Report on lock hospitals in British Burma
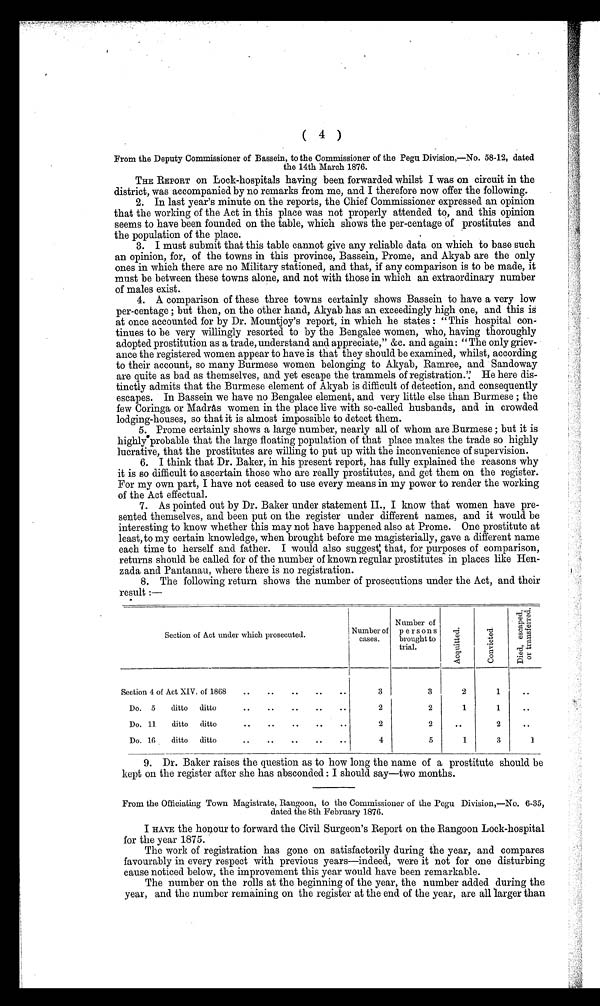
( 4 )
From the Deputy Commissioner of Bassein, to the Commissioner of the Pegu Division,—No. 58-12, dated
the 14th March 1876.
THE REPORT on Lock-hospitals having been forwarded whilst I was on circuit in the
district, was accompanied by no remarks from me, and I therefore now offer the following.
2. In last year's minute on the reports, the Chief Commissioner expressed an opinion
that the working of the Act in this place was not properly attended to, and this opinion
seems to have been founded on the table, which shows the per-centage of prostitutes and
the population of the place.
3. I must submit that this table cannot give any reliable data on which to base such
an opinion, for, of the towns in this province, Bassein, Prome, and Akyab are the only
ones in which there are no Military stationed, and that, if any comparison is to be made, it
must be between these towns alone, and not with those in which an extraordinary number
of males exist.
4. A comparison of these three towns certainly shows Bassein to have a very low
per-centage ; but then, on the other hand, Akyab has an exceedingly high one, and this is
at once accounted for by Dr. Mountjoy's report, in which he states : "This hospital con-
tinues to be very willingly resorted to by the Bengalee women, who, having thoroughly
adopted prostitution as a trade, understand and appreciate," &c. and again: "The only griev-
ance the registered women appear to have is that they should be examined, whilst, according
to their account, so many Burmese women belonging to Akyab, Ramree, and Sandoway
are quite as bad as themselves, and yet escape the trammels of registration.': He here dis-
tinctly admits that the Burmese element of Akyab is difficult of detection, and consequently
escapes. In Bassein we have no Bengalee element, and very little else than Burmese ; the
few Coringa or Madras women in the place live with so-called husbands, and in crowded
lodging-houses, so that it is almost impossible to detect them.
5. Prome certainly shows a large number, nearly all of whom are Burmese ; but it is
highly probable that the large floating population of that place makes the trade so highly
lucrative, that the prostitutes are willing to put up with the inconvenience of supervision.
6. I think that Dr. Baker, in his present report, has fully explained the reasons why
it is so difficult to ascertain those who are really prostitutes, and get them on the register.
For my own part, I have not ceased to use every means in my power to render the working
of the Act effectual.
7. As pointed out by Dr. Baker under statement II., I know that women have pre-
sented themselves, and been put on the register under different names, and it would be
interesting to know whether this may not have happened also at Prome. One prostitute at
least, to my certain knowledge, when brought before me magisterially, gave a different name
each time to herself and father. I would also suggest; that, for purposes of comparison,
returns should be called for of the number of known regular prostitutes in places like Hen-
zada and Pantanau, where there is no registration.
8. The following return shows the number of prosecutions under the Act, and their
result :—
Section of Act under which prosecuted
,
Number of
cases.
Number of
persons
brought to
trial.
A c q i u t t e d
C o n v i c t e d
D i e d , e s c a p e d o r t r a n s f e r r e d .
Section 4 of Act XIV. of 1868
..
..
..
..
..
3
3
2
1
. .
Do. 5
ditto
ditto
..
..
..
..
..
2
2
1
1
..
Do. 11
ditto
ditto
..
..
..
..
..
2
2
. .
2
..
Do. 16
ditto
ditto
..
..
..
..
..
4
5
1
3
1
9. Dr. Baker raises the question as to how long the name of a prostitute should be
kept on the register after she has absconded : I should say—two months.
From the Officiating Town Magistrate, Rangoon, to the Commissioner of the Pegu Division,—No. 6-35,
dated the 8th February 1876.
I HAVE the honour to forward the Civil Surgeon's Report on the Rangoon Lock-hospital
for the year 1875.
The work of registration has gone on satisfactorily during the year, and compares
favourably in every respect with previous years—indeed, were it not for one disturbing
cause noticed below, the improvement this year would have been remarkable.
The number on the rolls at the beginning of the year, the number added during the
year, and the number remaining on the register at the end of the year, are all larger than